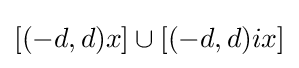
[(-d,d)x]\cup [(-d,d)ix]